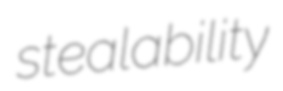
stealability